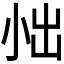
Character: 𪨀